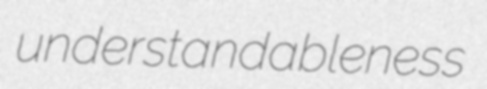
understandableness